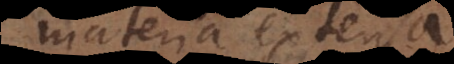
materia extensa.